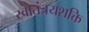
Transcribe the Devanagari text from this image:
स्वातंत्रयशक्ति